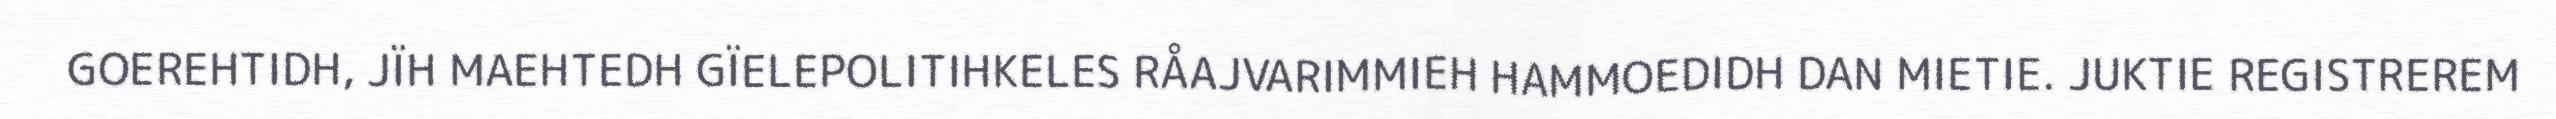
GOEREHTIDH, JÏH MAEHTEDH GÏELEPOLITIHKELES RÅAJVARIMMIEH HAMMOEDIDH DAN MIETIE. JUKTIE REGISTREREM